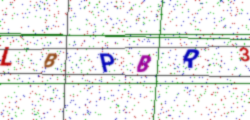
Text: LBPBR3